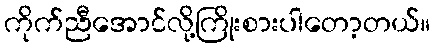
ကိုက်ညီအောင်လို့ကြိုးစားပါတော့တယ်။